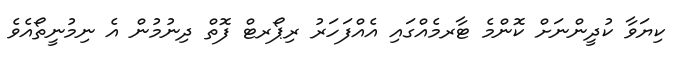
ކިޔަވާ ކުދީންނަށް ކޮންމެ ޓާރމެއްގައި އެއްފަހަރު ރިޕޯރޓް ފޮތް ދިނުމުން އެ ނިމުނީތޯއެވެ